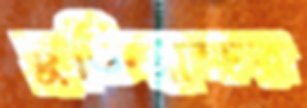
চুক্তিস্বাক্ষর